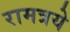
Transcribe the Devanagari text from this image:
रामत्रये